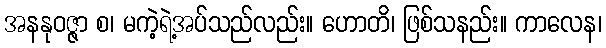
အနနုဝဇ္ဇာ စ၊ မကဲ့ရဲ့အပ်သည်လည်း။ ဟောတိ၊ ဖြစ်သနည်း။ ကာလေန၊